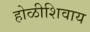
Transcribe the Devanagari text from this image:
होळीशिवाय